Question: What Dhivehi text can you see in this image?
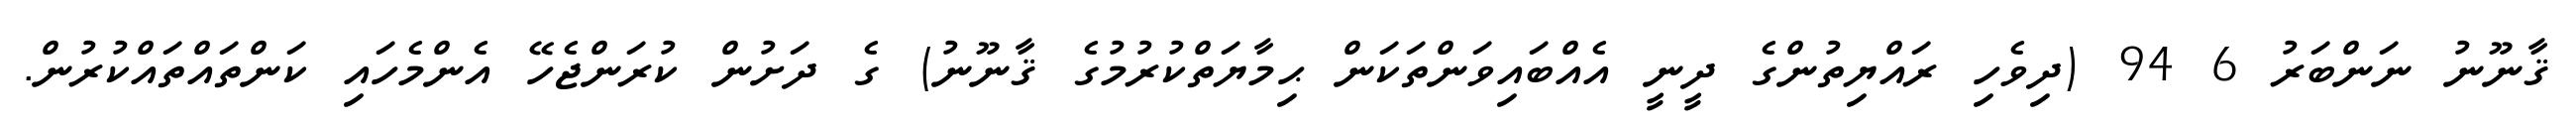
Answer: ޤާނޫނު ނަންބަރު 6 94 (ދިވެހި ރައްޔިތުންގެ ދީނީ އެއްބައިވަންތަކަން ޙިމާޔަތްކުރުމުގެ ޤާނޫނު) ގެ ދަށުން ކުރަންޖެހޭ އެންމެހައި ކަންތައްތައްކުރުން.